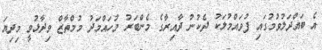
އެ ބައްދަލުވުމުގައި ފުވައްމުލަކު ދެކުނު ދާއިރާގެ މެންބަރު މުހައްމަދު މުމްތާޒް ވިދާޅުވީ މިދިޔަ